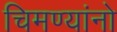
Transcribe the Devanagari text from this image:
चिमण्यांनो